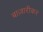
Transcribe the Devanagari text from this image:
बाज़ारीकर